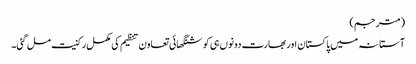
(مترجم)
آستانہ میں پاکستان اور بھارت دونوں ہی کو شنگھائی تعاون تنظیم کی مکمل رکنیت مل گئی۔